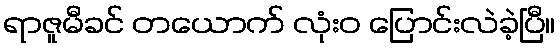
ရာဇူမီခင် တယောက် လုံးဝ ပြောင်းလဲခဲ့ပြီ။